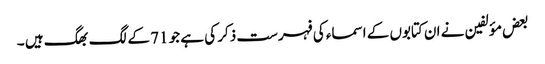
بعض مؤلفین نے ان کتابوں کے اسماء کی فہرست ذکر کی ہے جو 71 کے لگ بھگ ہیں ۔